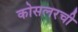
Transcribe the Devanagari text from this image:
कोसलरची